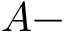
A -